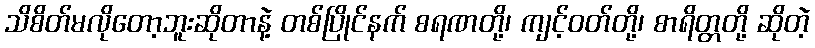
သိစိတ်မလိုတော့ဘူးဆိုတာနဲ့ တစ်ပြိုင်နက် စရဏတို့၊ ကျင့်ဝတ်တို့၊ စာရိတ္တတို့ ဆိုတဲ့